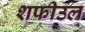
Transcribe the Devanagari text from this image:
शफीउल